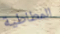
المطاطية